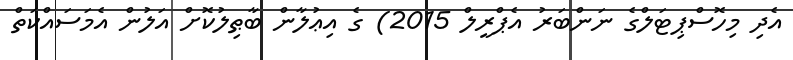
އެދި މިހޮސްޕިޓަލްގެ ނަންބަރު އެޕްރީލް 2015) ގެ އިޢުލާން ބާޠިލުކޮށް އަލުން އެމަސައްކަތް